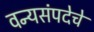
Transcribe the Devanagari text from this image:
वन्यसंपदेचे